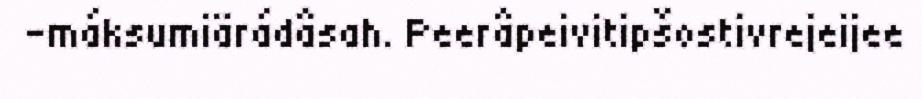
-máksumiärádâsah. Peerâpeivitipšostivrejeijee